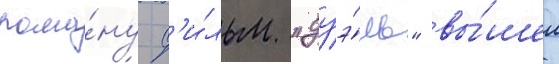
рома́ну ф'и́льм "дуэ́ль" вы́шел